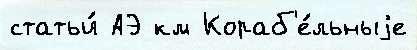
статьи́ АЭ км Кораб'е́льныjе